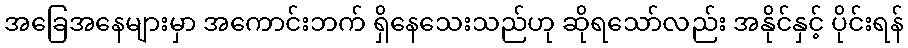
အခြေအနေများမှာ အကောင်းဘက် ရှိနေသေးသည်ဟု ဆိုရသော်လည်း အနိုင်နှင့် ပိုင်းရန်